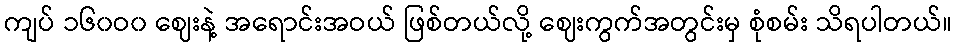
ကျပ် ၁၆၀ဝ၀ ဈေးနဲ့ အရောင်းအဝယ် ဖြစ်တယ်လို့ ဈေးကွက်အတွင်းမှ စုံစမ်း သိရပါတယ်။